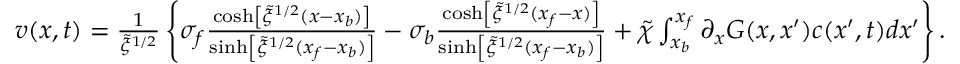
\begin{array} { r } { v ( x , t ) = \frac { 1 } { \tilde { \xi } ^ { 1 / 2 } } \left\{ \sigma _ { f } \frac { \cosh \left[ \tilde { \xi } ^ { 1 / 2 } ( x - x _ { b } ) \right] } { \sinh \left[ \tilde { \xi } ^ { 1 / 2 } ( x _ { f } - x _ { b } ) \right] } - \sigma _ { b } \frac { \cosh \left[ \tilde { \xi } ^ { 1 / 2 } ( x _ { f } - x ) \right] } { \sinh \left[ \tilde { \xi } ^ { 1 / 2 } ( x _ { f } - x _ { b } ) \right] } + \tilde { \chi } \int _ { x _ { b } } ^ { x _ { f } } \partial _ { x } G ( x , x ^ { \prime } ) c ( x ^ { \prime } , t ) d x ^ { \prime } \right\} . } \end{array}